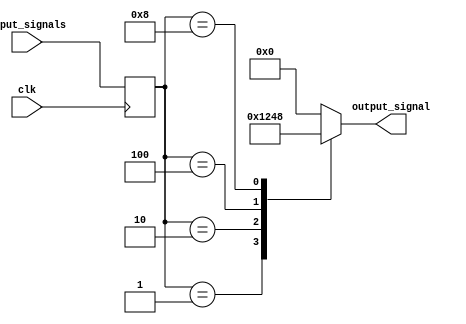
module weighted_arbiter(
    input wire clk,
    input wire [3:0] input_signals,
    output reg [3:0] output_signal
);

// Timing control block
reg [2:0] count;
always @(posedge clk) begin
    if(count < 3) begin
        count <= count + 1;
    end else begin
        count <= 0;
    end
end

// Synchronization block
reg [3:0] synced_input_signals;
always @(posedge clk) begin
    synced_input_signals <= input_signals;
end

// Weighted arbiter logic
always @* begin
    case(synced_input_signals)
        4'b0001: output_signal <= 4'b0001;
        4'b0010: output_signal <= 4'b0010;
        4'b0100: output_signal <= 4'b0100;
        4'b1000: output_signal <= 4'b1000;
        default: output_signal <= 4'b0000; // Default priority
    endcase
end

endmodule